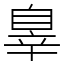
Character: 辠